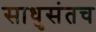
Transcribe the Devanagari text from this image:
साधुसंतच